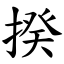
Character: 揆